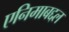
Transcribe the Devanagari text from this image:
एनिमाबद्दल